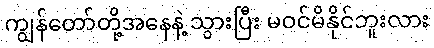
ကျွန်တော်တို့အနေနဲ့ သွားပြီး မဝင်မိနိုင်ဘူးလား